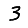
Digit: 3